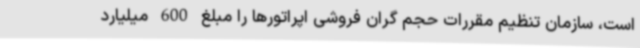
است، سازمان تنظیم مقررات حجم گران فروشی اپراتورها را مبلغ 600 میلیارد